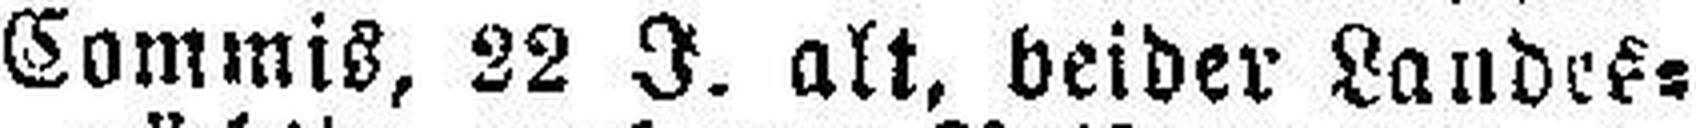
Commis, 22 J. alt, beider Landes¬